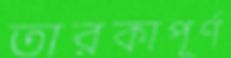
তারকাপূর্ণ